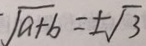
\sqrt { a + b } = \pm \sqrt { 3 }